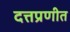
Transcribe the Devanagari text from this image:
दत्तप्रणीत